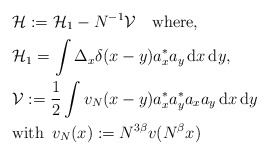
\begin{align*}&\mathcal{H}:=\mathcal{H}_1-N^{-1}\mathcal{V}\quad\mathrm{where,}\\&\mathcal{H}_1=\int\Delta_x\delta(x-y)a_{x}^{\ast} a_y\,\mathrm{d}x\,\mathrm{d}y,\\& \mathcal{V}:=\frac{1}{2}\int v_N(x-y)a_x^{\ast}a_y^{\ast}a_{x}a_{y}\,\mathrm{d}x\,\mathrm{d}y\\&\mathrm{with}\,\,\,v_N(x):=N^{3\beta}v(N^\beta x)\end{align*}